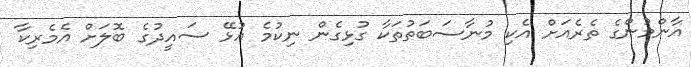
އާންމުންގެ ތެރެއަށް އެކި މުނާސަބަތުތަކާ ގުޅިގެން ނިކުމެ އުޅޭ ސައީދުގެ ބޮލަށް އެމެރިކާ